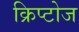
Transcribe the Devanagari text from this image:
क्रिप्टोज